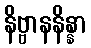
နိဗ္ဗာနနိန္နာ